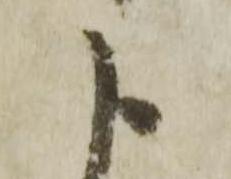
よ